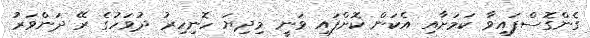
ގެންގޮސްފައިވާ ކަމަށާއި އެކަން ކޮށްފައި ވަނީ މިދިޔަ ހޮނިހިރު ދުވަހުގެ ރޭ ދަންވަރު